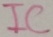
Text: IC